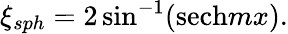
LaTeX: \xi_{sph}=2\sin^{-1}(\mathrm{sech}mx).